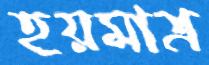
হয়মাত্র